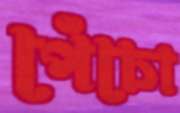
পেঁচো